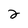
Character: 2